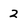
Character: 2